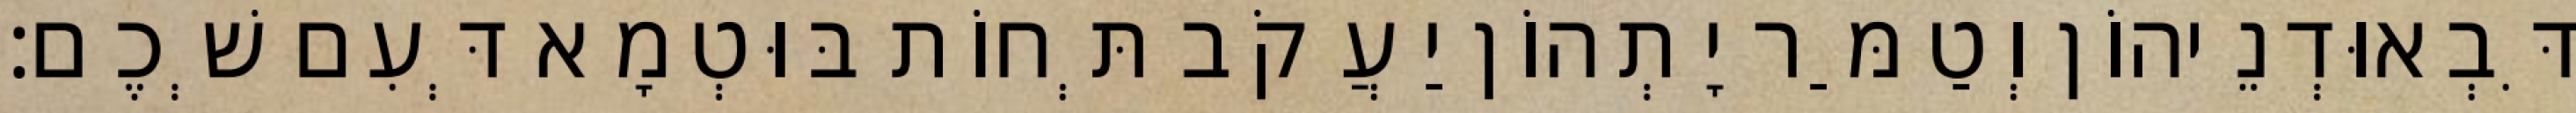
דִּבְאוּדְנֵיהוֹן וְטַמַּר יָתְהוֹן יַעֲקֹב תְּחוֹת בּוּטְמָא דְּעִם שְׁכֶם׃